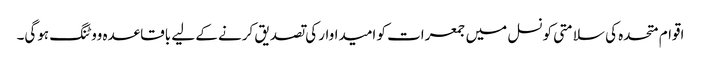
اقوام متحدہ کی سلامتی کونسل میں جمعرات کو امیداوار کی تصدیق کرنے کے لیے باقاعدہ ووٹنگ ہوگی۔